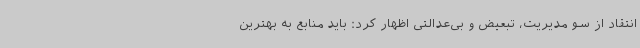
انتقاد از سو مدیریت، تبعیض و بی‌عدالتی اظهار کرد: باید منابع به بهترین